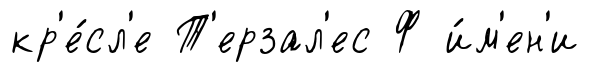
кр'е́сл'е Т'ерзал'ес Ф и́м'ен'и